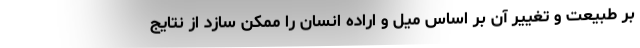
بر طبیعت و تغییر آن بر اساس میل و اراده انسان را ممکن سازد از نتایج